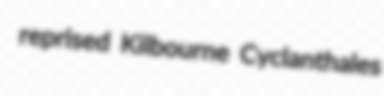
reprised Kilbourne Cyclanthales